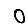
Digit: 0